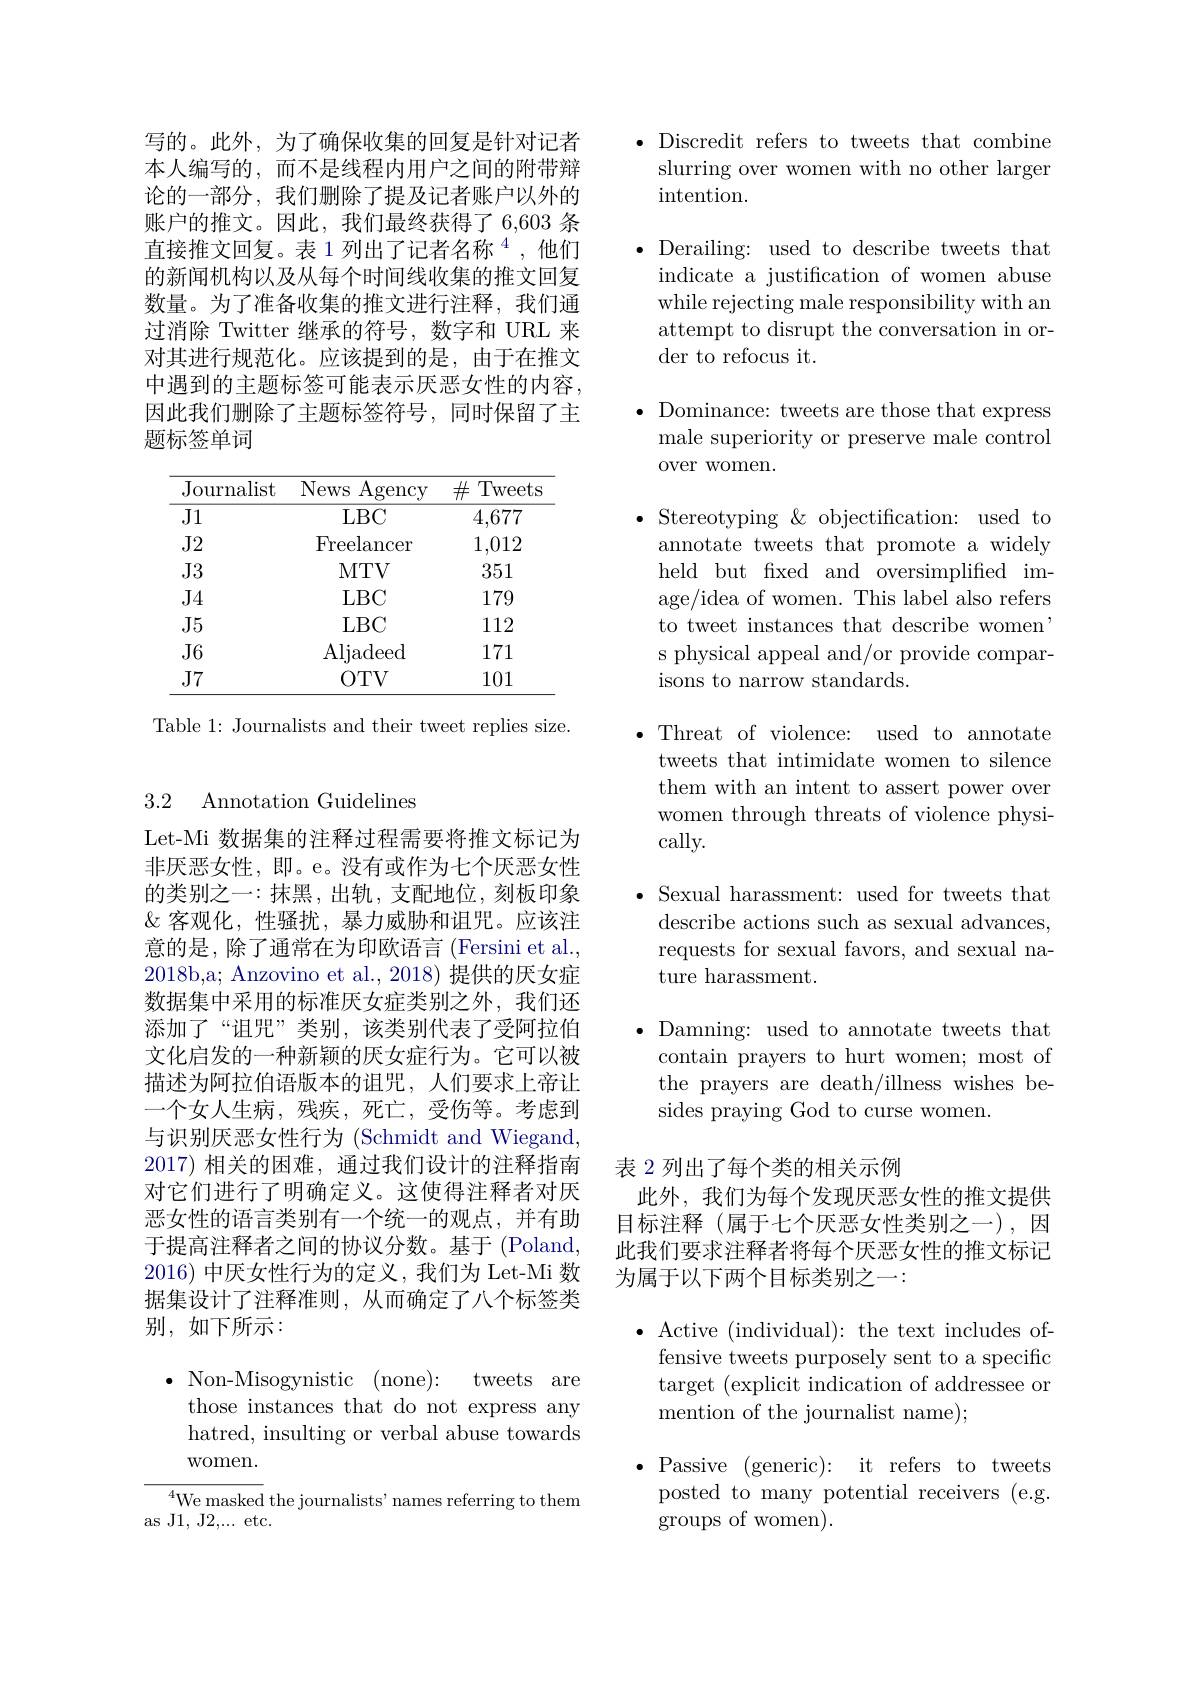
写的。此外，为了确保收集的回复是针对记者本人编写的，而不是线程内用户之间的附带辩论的一部分，我们删除了提及记者账户以外的账户的推文。因此，我们最终获得了 6,603 条直接推文回复。表1列出了记者名称$^{4}$,他们的新闻机构以及从每个时间线收集的推文回复数量。为了准备收集的推文进行注释，我们通过消除 Twitter 继承的符号，数字和 URL 来对其进行规范化。应该提到的是，由于在推文中遇到的主题标签可能表示厌恶女性的内容， 因此我们删除了主题标签符号，同时保留了主题标签单词

<table>
	<tbody>
		<tr>
			<th>Journalist</th>
			<th>Agency News</th>
			<th>$\#$ Tweets -</th>
		</tr>
		<tr>
			<td>$J1$</td>
			<td>LBC</td>
			<td>4,677</td>
		</tr>
		<tr>
			<td>$J2$</td>
			<td>Freelancer</td>
			<td>1,012</td>
		</tr>
		<tr>
			<td>,J4</td>
			<td>LBC</td>
			<td>VL 179</td>
		</tr>
		<tr>
			<td>$J5$</td>
			<td>LBC</td>
			<td>112</td>
		</tr>
		<tr>
			<td>$J6$</td>
			<td>Aljadeed</td>
			<td>171</td>
		</tr>
		<tr>
			<td>$J7$</td>
			<td>$OTV$</td>
			<td>101</td>
		</tr>
	</tbody>
</table>

Table 1: Journalists and their tweet replies size.

## 3.2 Annotation Guidelines

Let-Mi 数据集的注释过程需要将推文标记为非厌恶女性，即。e。没有或作为七个厌恶女性的类别之一：抹黑，出轨，支配地位，刻板印象$\&$客观化，性骚扰，暴力威胁和诅咒。应该注意的是，除了通常在为印欧语言 (Fersini et al., 2018b,a; Anzovino et al., 2018) 提供的厌女症数据集中采用的标准厌女症类别之外，我们还添加了“诅咒”类别，该类别代表了受阿拉伯文化启发的一种新颖的厌女症行为。它可以被描述为阿拉伯语版本的诅咒，人们要求上帝让一个女人生病，残疾，死亡，受伤等。考虑到与识别厌恶女性行为 (Schmidt and Wiegand, 2017)相关的困难，通过我们设计的注释指南对它们进行了明确定义。这使得注释者对厌恶女性的语言类别有一个统一的观点，并有助于提高注释者之间的协议分数。基于(Poland, 2016)中厌女性行为的定义，我们为 Let-Mi 数据集设计了注释准则，从而确定了八个标签类别，如下所示：

$\bullet$ Non-Misogynistic (none): tweets are those instances that do not express any hatred, insulting or verbal abuse towards women.

$^{4}$We masked the journalists' names referring to them
${\mathrm{as~J1,~J2,\ldots~etc.}}$

$\bullet$ Discredit refers to tweets that combine
slurring over women with no other larger
intention.

$\bullet$ Derailing: used to describe tweets that
indicate a justification of women abuse while rejecting male responsibility with an attempt to disrupt the conversation in order to refocus it.

$\bullet$ Dominance: tweets are those that express
male superiority or preserve male control
over women.

$\bullet$ Stereotyping &objectification: used to
annotate tweets that promote a widely held but fxed and oversimplified image/idea of women. This label also refers to tweet instances that describe women s physical appeal and/or provide comparisons to narrow standards.

$\bullet$ Threat of violence: used to annotate
tweets that intimidate women to silence them with an intent to assert power over women through threats of violence physically.

$\bullet$ Sexual harassment: used for tweets that describe actions such as sexual advances, requests for sexual favors, and sexual nature harassment.

$\bullet$ Damning: used to annotate tweets that
contain prayers to hurt women; most of the prayers are death/illness wishes besides praying God to curse women.

表 2 列出了每个类的相关示例
此外，我们为每个发现厌恶女性的推文提供目标注释(属于七个厌恶女性类别之一),因此我们要求注释者将每个厌恶女性的推文标记为属于以下两个目标类别之一：

$\cdot$ Active (individual): the text includes offensive tweets purposely sent to a specific target (explicit indication of addressee or mention of the journalist name);

$\bullet$ Passive (generic): it refers to tweets
posted to many potential receivers (e.g.
groups of women).